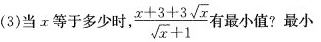
(3)当x等于多少时，$$\frac { x + 3 + 3 \sqrt { x } } { \sqrt { x } + 1 }$$ 最小值?最小